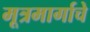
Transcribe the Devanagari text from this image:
मूत्रमार्गाचे